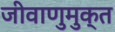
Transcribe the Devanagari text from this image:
जीवाणुमुक्त